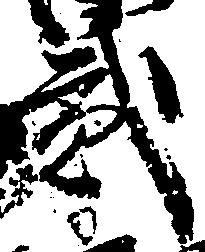
弐